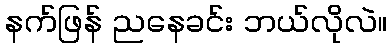
နက်ဖြန် ညနေခင်း ဘယ်လိုလဲ။